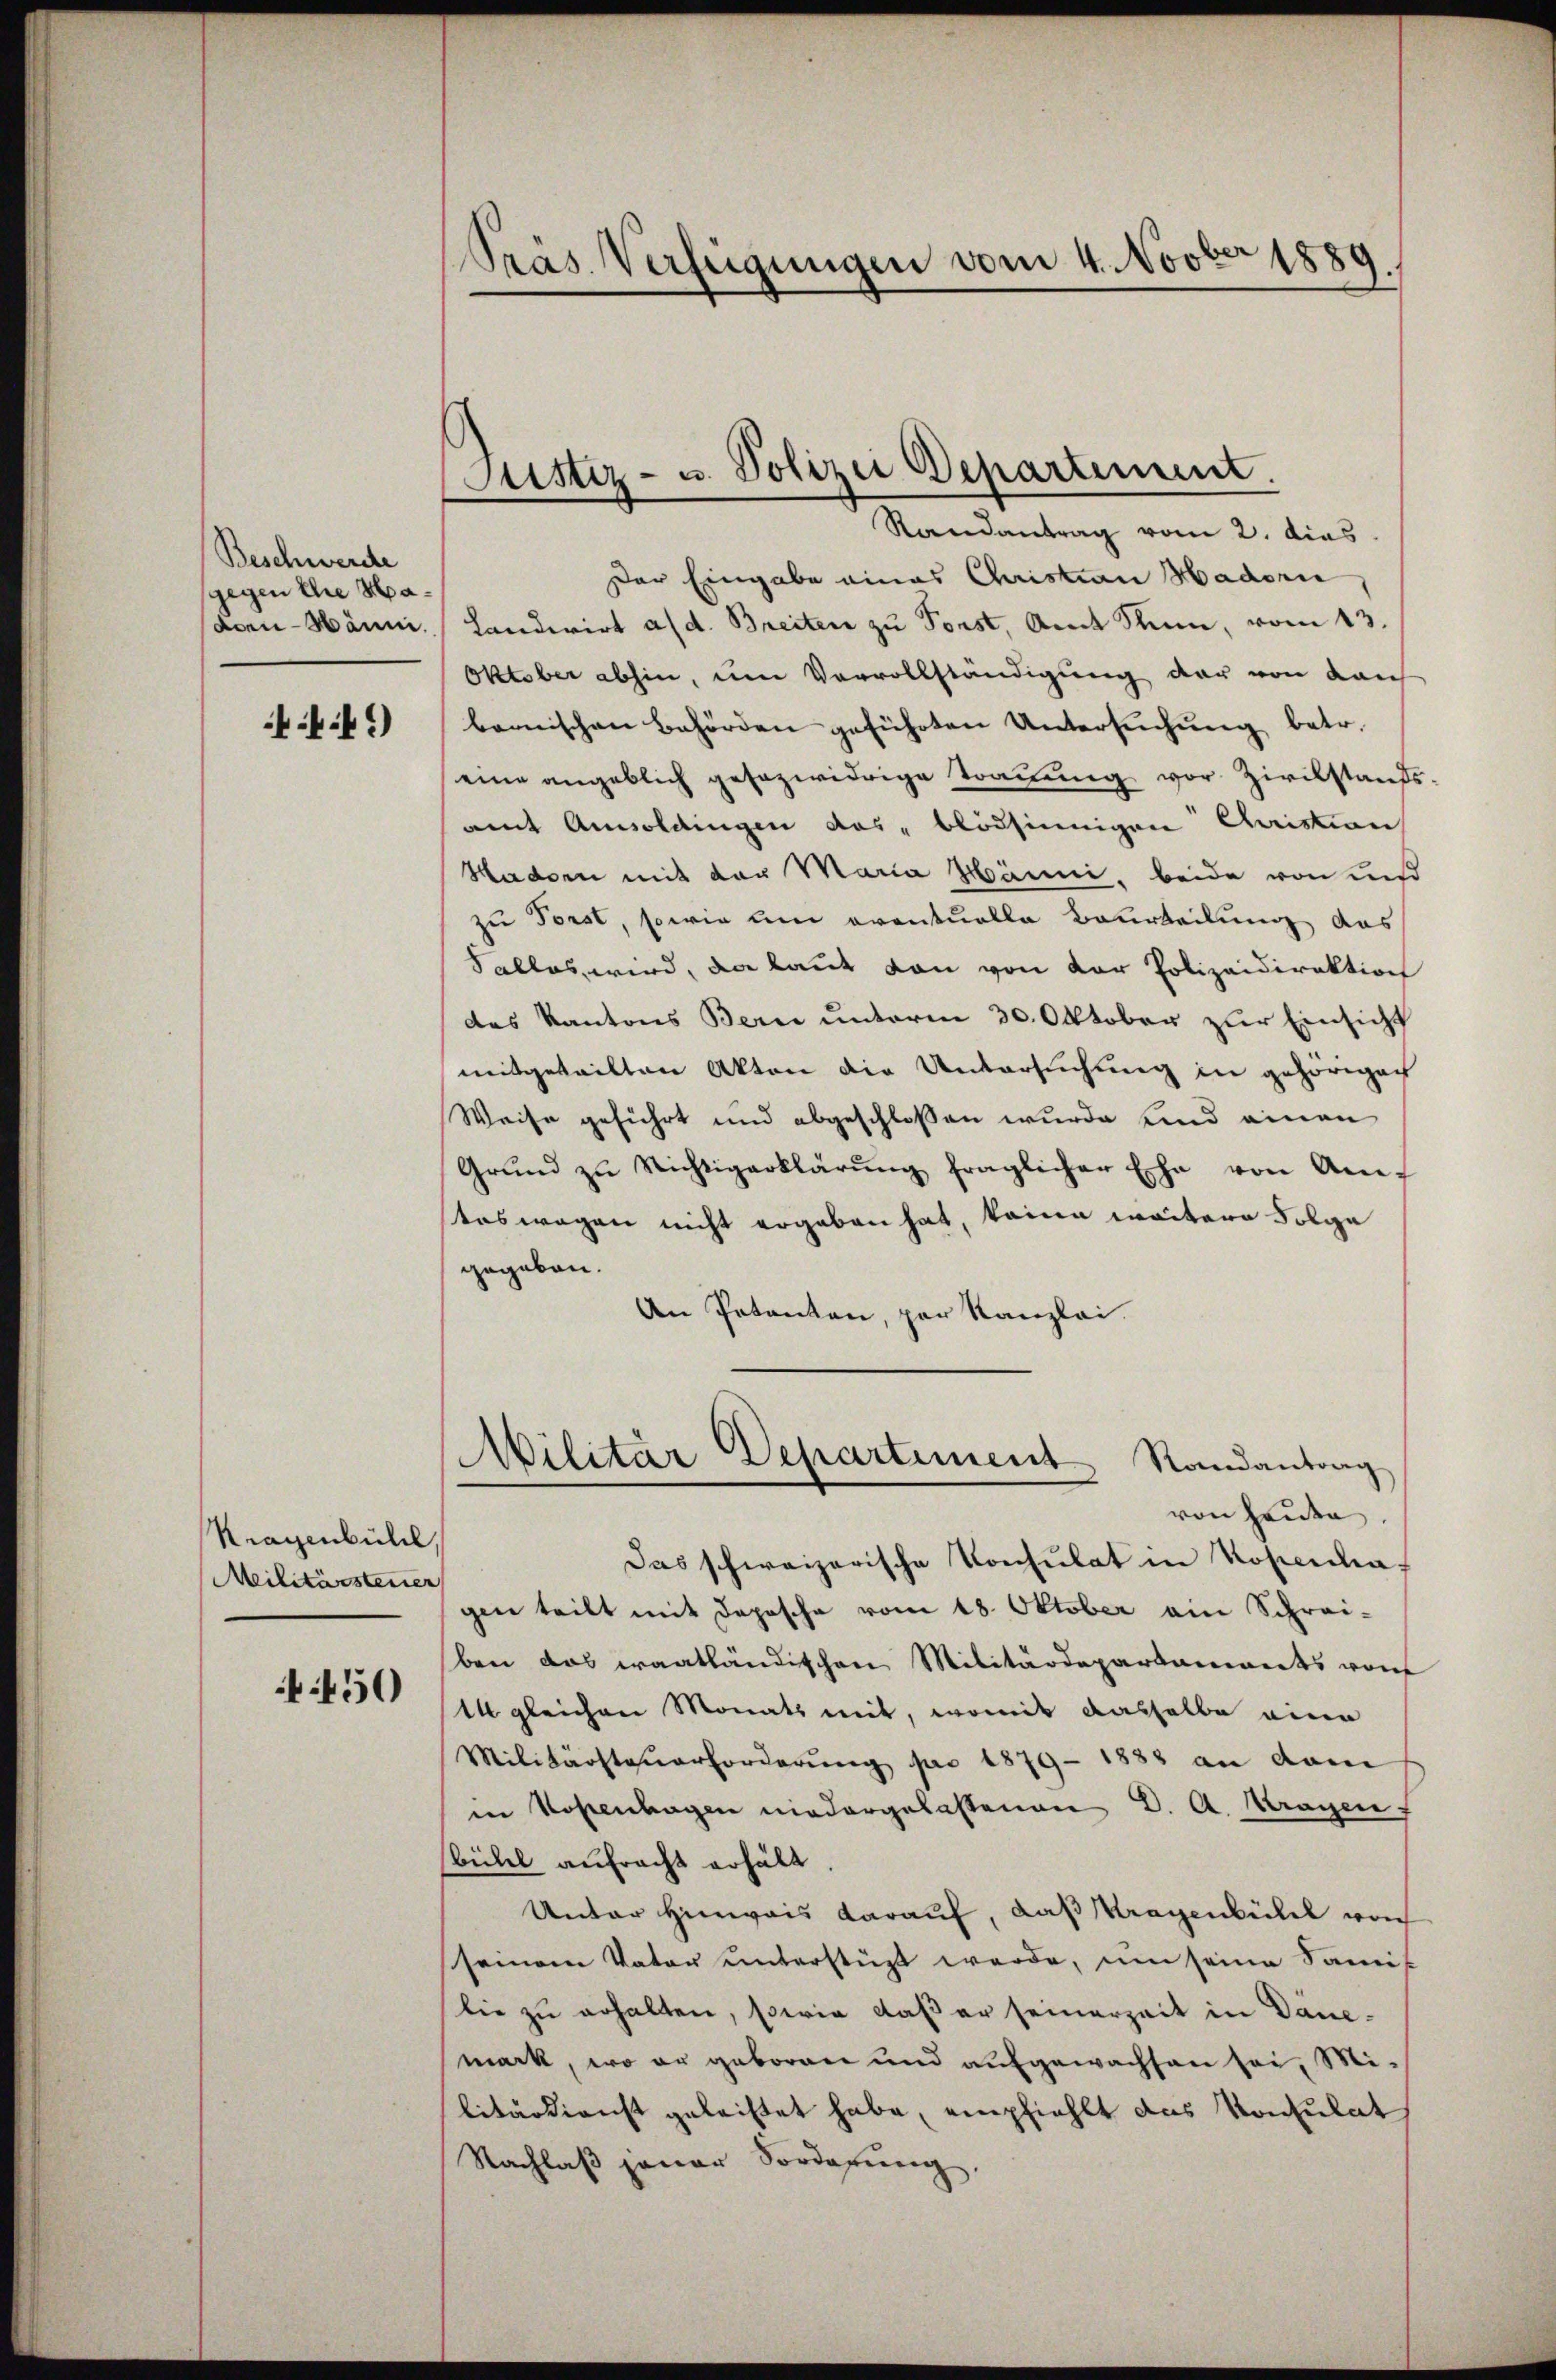
Beschwerde
gegen die Madon-Wäum.

4ff.)

Kragenbühl
Militärsteuer

450

Präs. Verfügungen vom 4. Novber 1889.
.

Justiz- u. Polizei Departement.
Randantrag vom 2. dies

Der Eingabe eines Christian Hadorn
Landwirt a/d. Breiten zu Forst, Amt Sinn, vom 13.
Oktober abhin, um Vorvollständigung der von Kais
bemischen Behörden geführten Untersŭchŭng betr.
eine angeblich gesezwidrige Trauung vor Zivilstaufs
amt Anwoldingen das blödsinnigen Christion
Hadorn mit der Maria Hänni, beide von und
zu Forst, sowie um eventuelle Beurteilung das
Salles, wird, da kannt von von der Polizeidirektion
des Kantons Bern unterm 30. Oktober zur Einsicht
mitgeteilten Akten die Untersuchung in gehörigen
Weise geführt und abgeschlossen wurde und einen
Grŭnd zu Richtigerklärŭng fraglicher Ehe von Am-
teswegen nicht ergeben hat, keine weitere Folge
gegeben.
An Petenten, par Kanzlei.
Militär Departement Randantrag
von heute.
Das schweizerische Konsulat in Kopenhagen teilt mit Depesche vom 18. Oktober ain Schrei-
ben das waatländischen Militärdepartamants von
1 gleichen Monats mit, womit dasselbe eine
Militärsteuerforderung pro 1879 - 1883 an dann
in Kostenhagen niedergelassenen d. A. Kragen,
bühel aufracht erhält
Unter Hinweis darauf, daß Kragenbühel von
seinem Vater unterstüzt werde, um seine Samis
lie zu erhalten, sowie daß er seinerzeit in Danemark, wo er geboren und aufgewachsen sei, Mi-
litärdienst geleistet habe, empfiehlt das Konsulat
Nachlaß jener Vorderung,